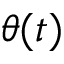
\theta ( t )